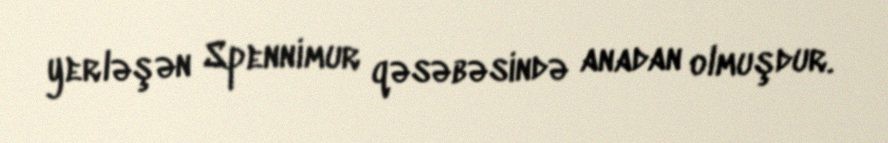
yerləşən Spennimur qəsəbəsində anadan olmuşdur.